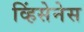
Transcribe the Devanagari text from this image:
व्हिंसेनेस